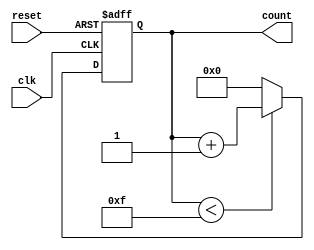
module parameterized_counter #(
    parameter WIDTH = 4,               // Default width of the counter
    parameter MAX_COUNT = (1 << WIDTH) - 1  // Default maximum count based on width
)(
    input wire clk,                    // Clock input
    input wire reset,                  // Asynchronous reset input
    output reg [WIDTH-1:0] count       // Current count value
);

// Internal counter register initialization
initial begin
    count = 0;                         // Initialize count to zero
end

// Counter logic
always @(posedge clk or posedge reset) begin
    if (reset) begin
        count <= 0;                    // Reset counter to zero
    end else if (count < MAX_COUNT) begin
        count <= count + 1;            // Increment count
    end else begin
        count <= 0;                    // Wrap around to zero if maximum count is reached
    end
end

endmodule